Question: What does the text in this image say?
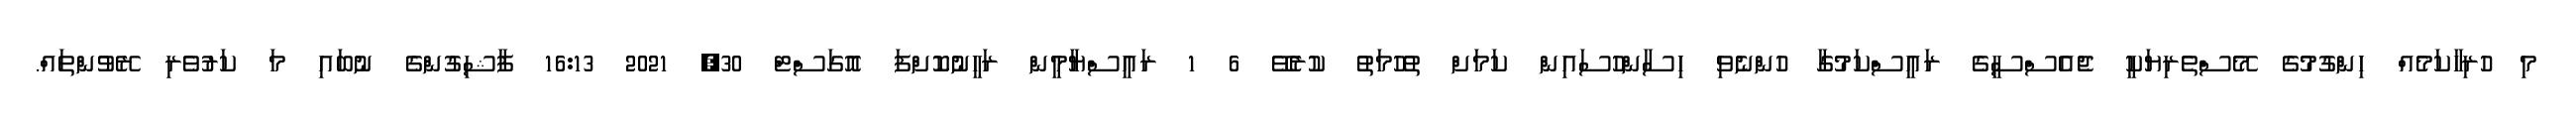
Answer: މި ހުރިހާކަމެއް ހިންގުމުގެ މޭސްތެރިޔަކީ ޖެއެސްސީގެ ރައީސްކަމުގާ ހުންނެވި ހިސާންހުސައިން ކަމަށް ތުހުމަތު ކުރެވޭ 6 1 ރައީސްޔާމީން ރަހީނުކޮށްފަ އޮގަސްޓް 30, 2021 16:13 ފާޝިގުންގެ ނުބައި މަ ކަރުވެރި ރޭވުންތައް.